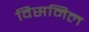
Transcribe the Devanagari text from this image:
विसमिल